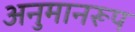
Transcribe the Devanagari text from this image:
अनुमानरूप